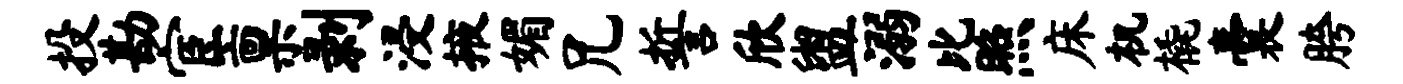
投勘宦禀剥浸掖媚兄誓欣盥溺比照床机橇囊胯